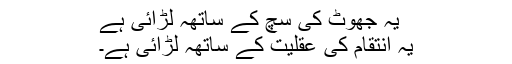
یہ جھوٹ کی سچ کے ساتھہ لڑائی ہے
یہ انتقام کی عقلیت کے ساتھہ لڑائی ہے۔